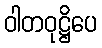
ဝါတဝုဋ္ဌိပေ